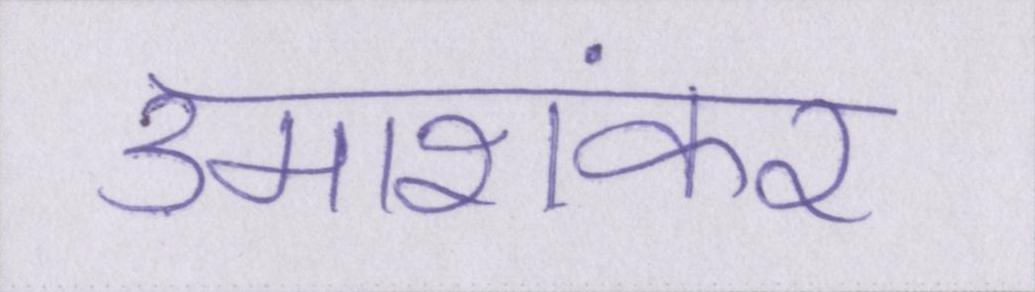
उमाशंकर